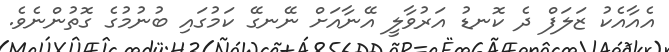
އެއާއެކު ޒަލަފް ދެ ކޮނޑު އަރުވާލީ އޭނާއަށް ނޭނގޭ ކަމުގައި ބުނުމުގެ ގޮތުންނެވެ.